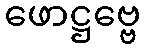
ဖောဋ္ဌဗ္ဗေ